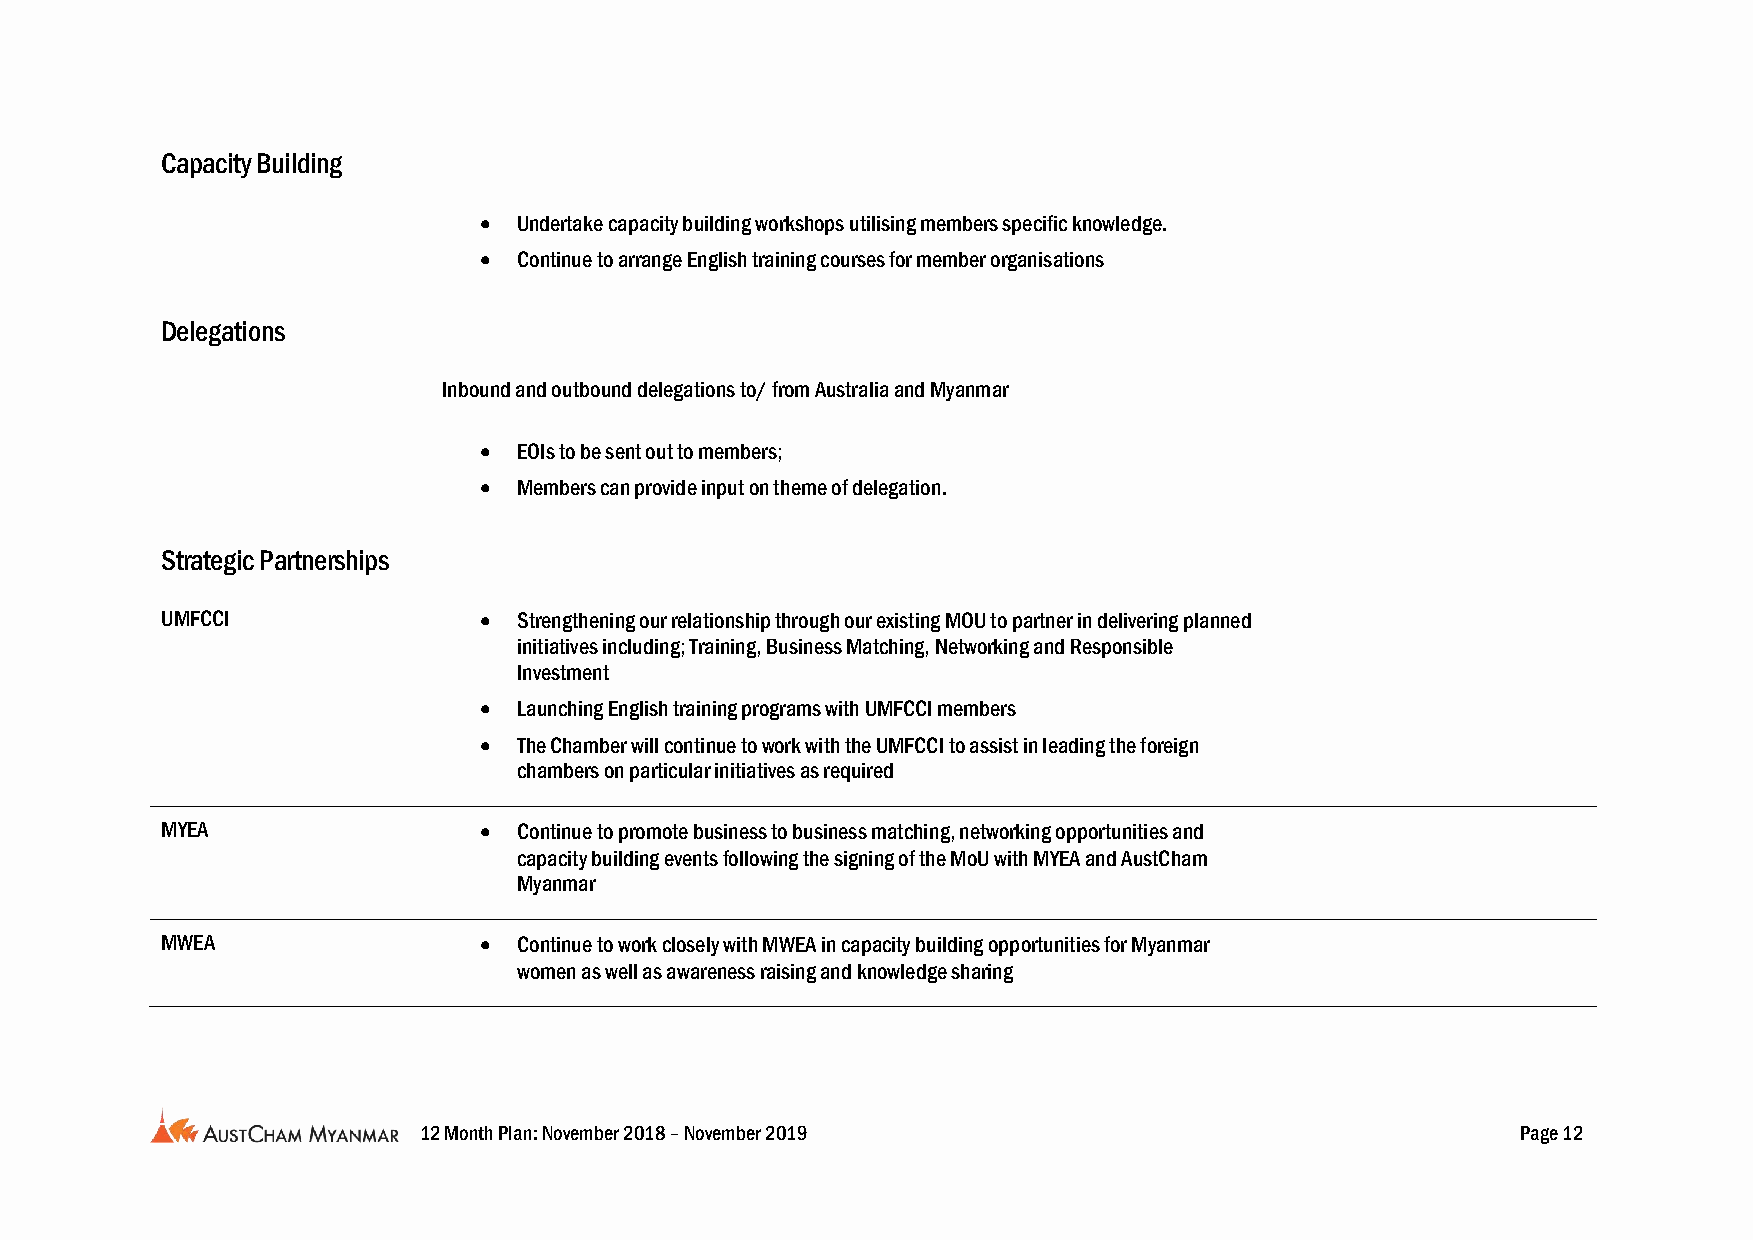
Capacity Building
  Undertake capacity building workshops utilising members specific knowledge.
  Continue to arrange English training courses for member organisations
 Delegations
 Inbound and outbound delegations to/ from Australia and Myanmar
  EOIs to be sent out to members;
  Members can provide input on theme of delegation.
 Strategic Partnerships
 UMFCCI                Strengthening our relationship through our existing MOU to partner in delivering planned
 initiatives including; Training, Business Matching, Networking and Responsible
 Investment
  Launching English training programs with UMFCCI members
  The Chamber will continue to work with the UMFCCI to assist in leading the foreign
 chambers on particular initiatives as required
 MYEA                  Continue to promote business to business matching, networking opportunities and
 capacity building events following the signing of the MoU with MYEA and AustCham
 Myanmar
 MWEA                  Continue to work closely with MWEA in capacity building opportunities for Myanmar
 women as well as awareness raising and knowledge sharing
 12 Month Plan: November 2018 – November 2019                             Page 12